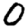
Digit: 0